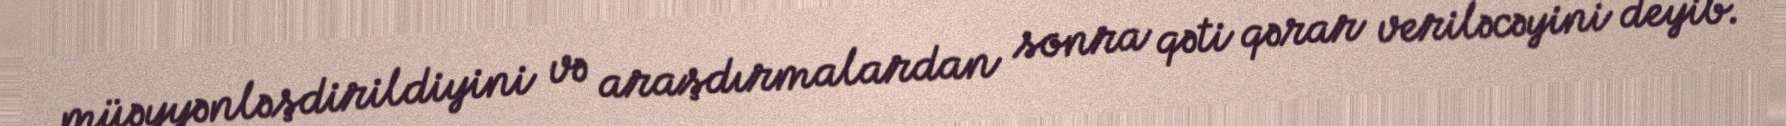
müəyyənləşdirildiyini və araşdırmalardan sonra qəti qərar veriləcəyini deyib.